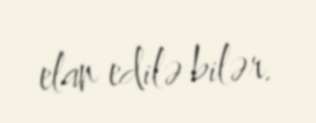
elan edilə bilər.